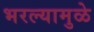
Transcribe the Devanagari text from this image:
भरल्यामुळे